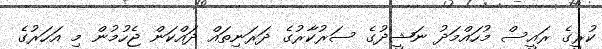
ކުރީގެ ރައީސް މުހައްމަދު ނަޝީދުގެ ސަރުކާރުގެ ދަރަނިތައް ދައްކަން ޖެހުމުން މި އަހަރުގެ